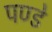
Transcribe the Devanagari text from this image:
पण्डे